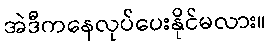
အဲဒီကနေလုပ်ပေးနိုင်မလား။